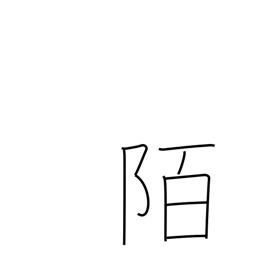
Meaning: road